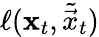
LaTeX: \ell(\mathbf{x}_{t},\tilde{\vec{x}}_{t})